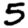
Digit: 5